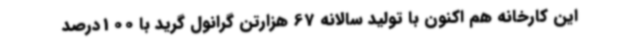
این کارخانه هم اکنون با تولید سالانه 67 هزارتن گرانول گرید با 100درصد